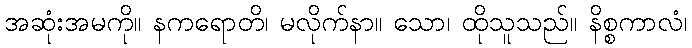
အဆုံးအမကို။ နကရောတိ၊ မလိုက်နာ။ သော၊ ထိုသူသည်။ နိစ္စကာလံ၊